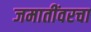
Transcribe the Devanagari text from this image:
जमातींवरचा